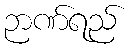
ဉာဏ်ရည်